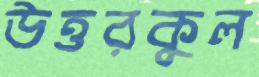
উত্তরকুল